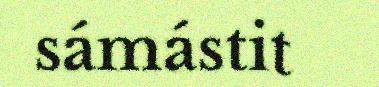
sámástit